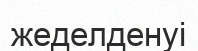
жеделденуі